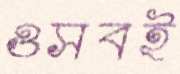
ওসবই